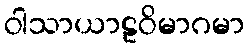
ဝါသာယာဠဝိမာဂမာ